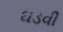
ઘડવી